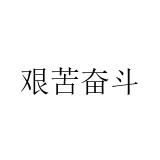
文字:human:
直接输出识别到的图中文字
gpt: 艰苦奋斗